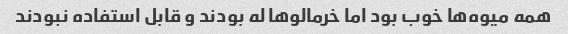
همه میوه‌ها خوب بود اما خرمالوها له بودند و قابل استفاده نبودند